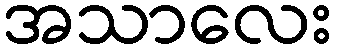
အသာလေး